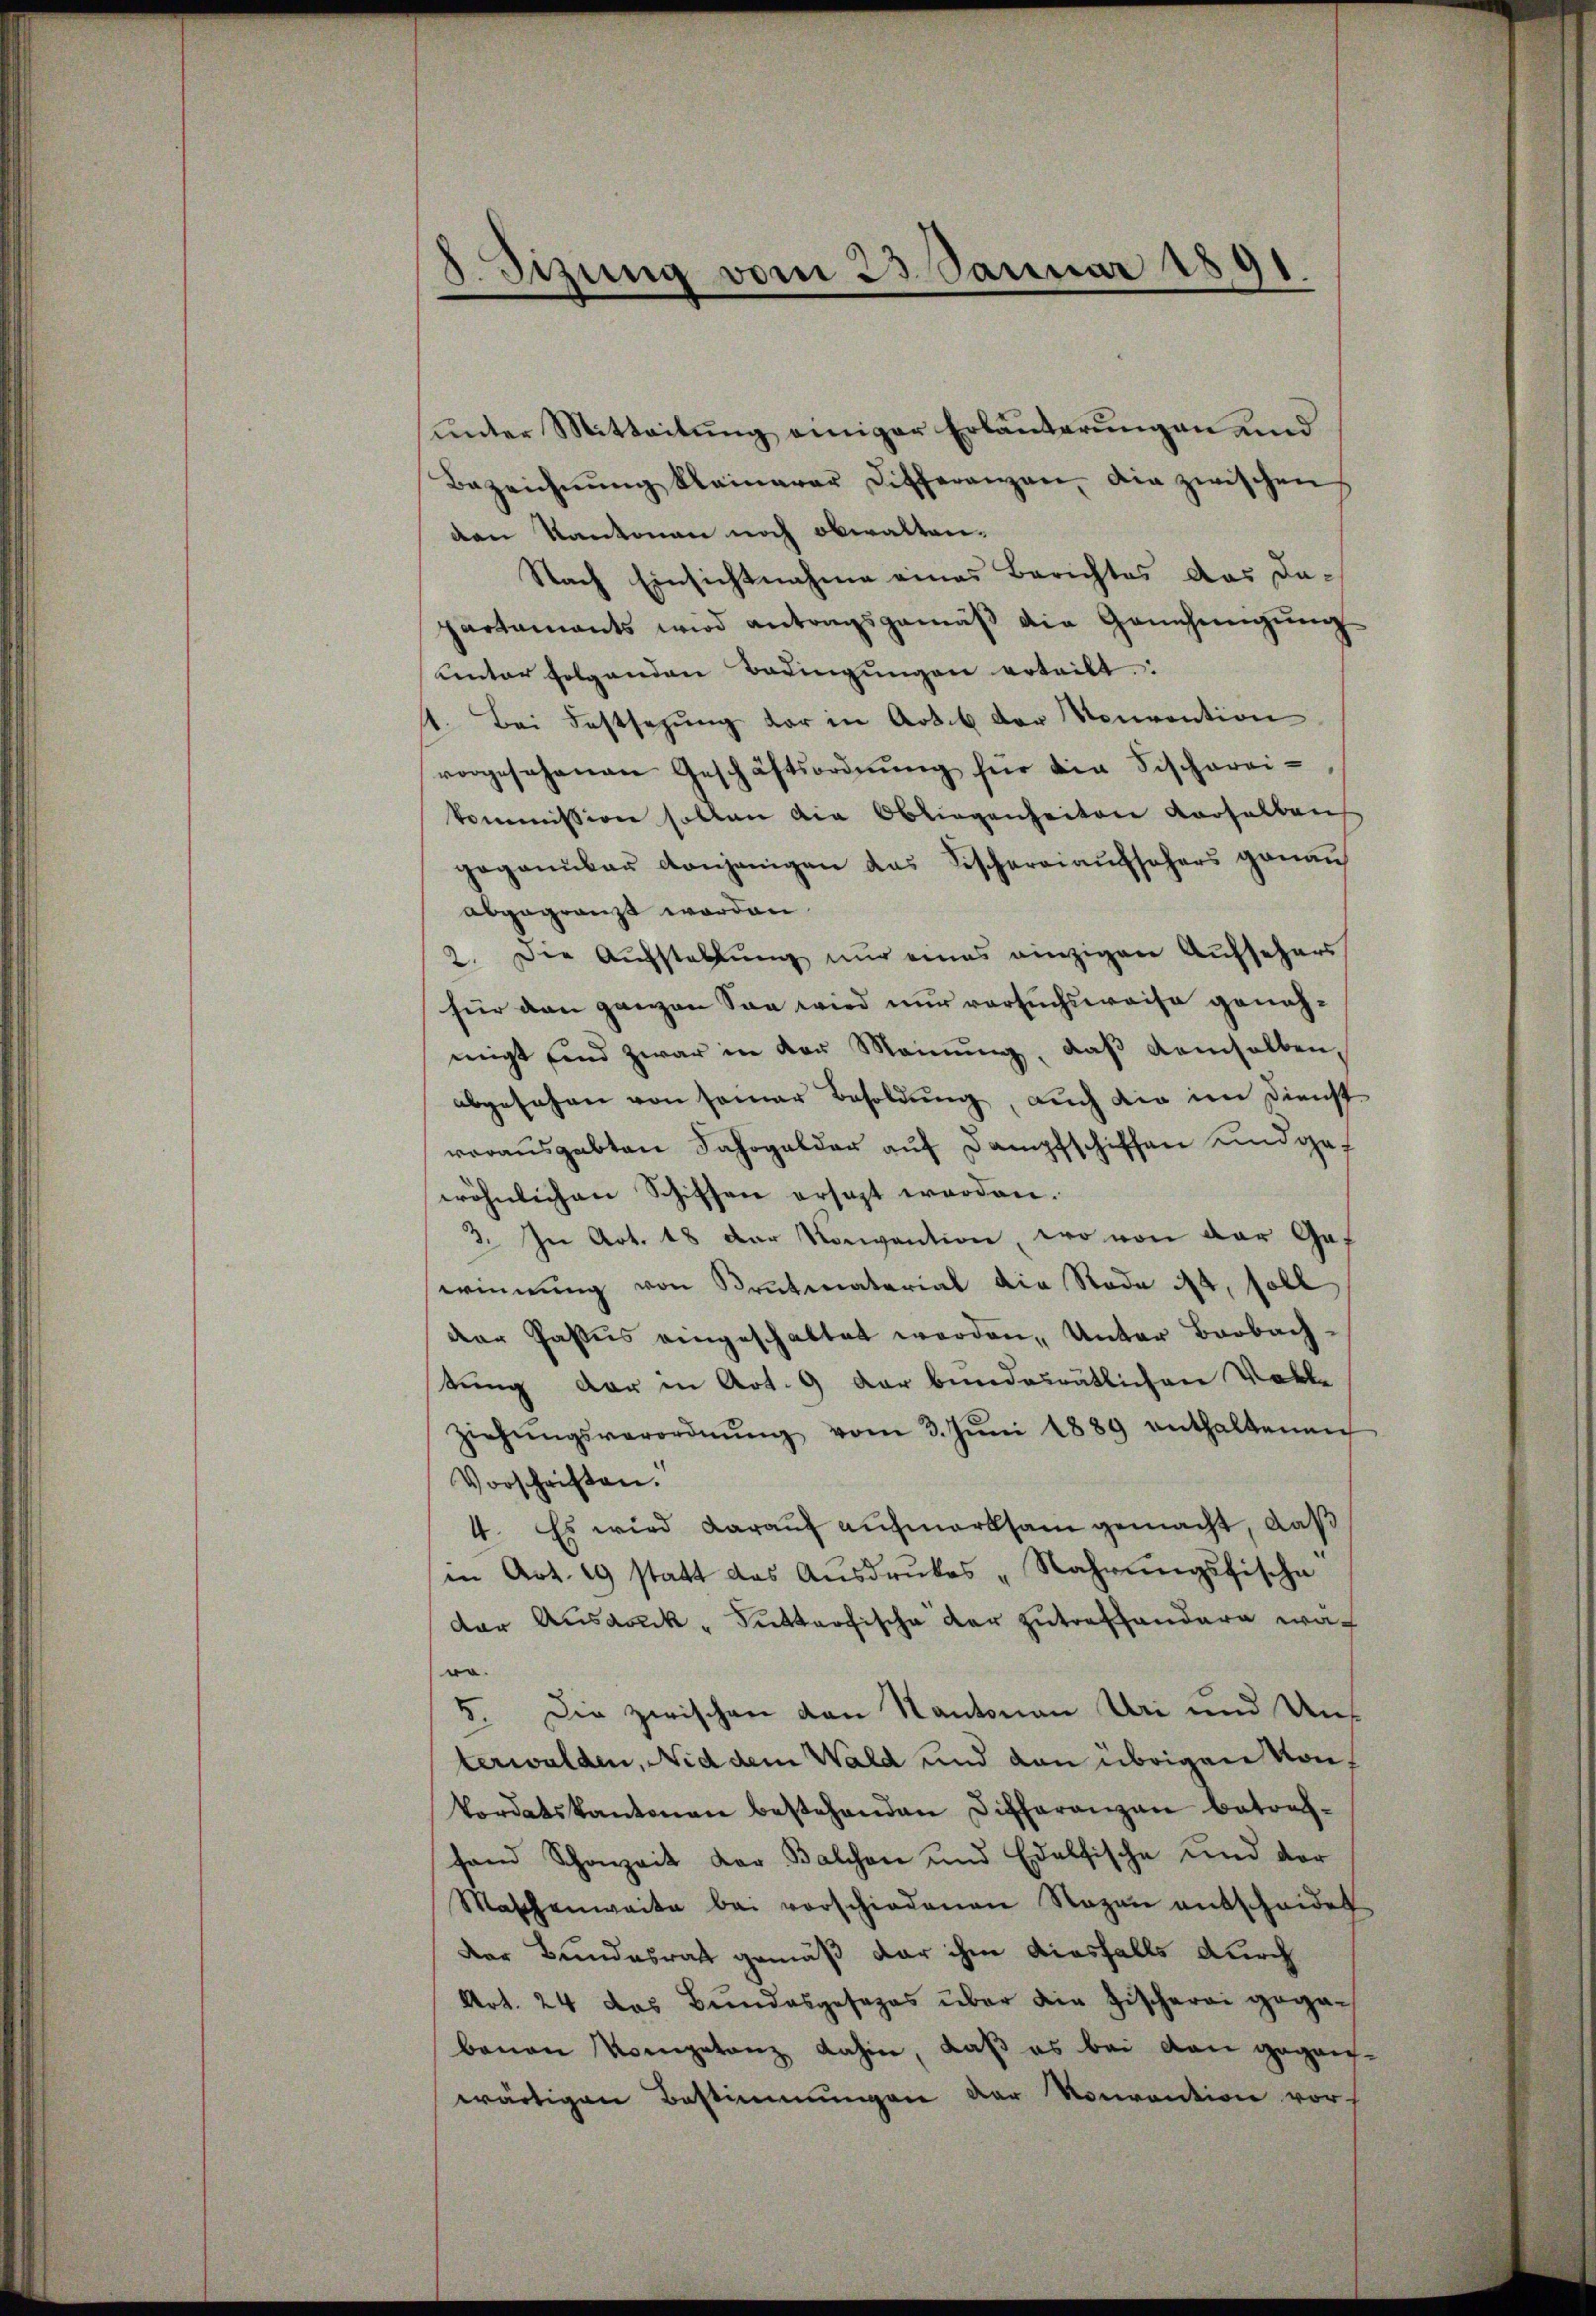
8. Sizung vom 23. Januar 1891

unter Mitteilung einiger Erläuterungen und
Bezeichnŭng kleinerer Differenzen, die zwischen
den Kantonen noch obwalten.
Nach Einsichtnahme eines Berichtes das Dapartaments wird antragsgemäß die Genehmigung
unter folgenden Bedingŭngen erteilt:
1. Bei Festsezung der in Art. b der Konvention
vorgesehenen Geschäftsordnŭng für die Fischargikommission sollen die Obliegenheiten derselben
gegannbar denjenigen das Fischereiaufsehers genau
abgegränzt worden.
2. Die Aufstellung nur eines einzigen Aufsehers
für den ganzen Son wird nur versuchsweise genehneigt sind zwar in der Meinŭng, daβ demselben,
abgesehen von seiner Besoldung, auch die im Dienstvorausgabten Jahrgelder auf Dampfschiffen und gef
wöhnlichen Schiffen ersezt worden.
3. In Art. 18 der Konvention, wo von der Gef
serinnung von Brutmaterial die Rade ist, soll
der Passus eingeschaltet werden, Unter Barbach-
tung der in Art. 9 der bundesrätlichen Volke
ziehŭngsverordnŭng vom 3. Jŭni 1889 enthaltenen
Vorschriften.
4. Es wird darauf aufmerksam gemacht, daß
in Art. 19 statt des Aŭsdrŭckes „Nahrungsfische
der Ausdruck- Futterfische der zutreffendere wach
o.
5. Die zwischen den Kantonen Uri und Unterwalden, Nid dem Wald und den übrigen von
Tordatskantonen bestehenden Differanzen betrach-
fand Schanzeit der Balchen und Edelfische und der
Maschenweite bei vorschiedenen Ragen entscheidet
der Bundesrath gemäß der ihm diesfalls durch
Art. 24 das Bundesgesezes über die Zischerei gegan
bauen Kompetanz dahin, daß es bei den geganwärtigen Bestimmungen der Nouvention vor